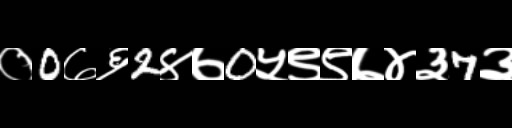
Text: ०0७६2४७0५९९७४३7३